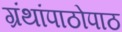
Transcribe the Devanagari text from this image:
ग्रंथांपाठोपाठ